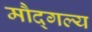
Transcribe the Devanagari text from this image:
मौद्गल्य